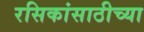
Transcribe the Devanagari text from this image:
रसिकांसाठीच्या